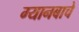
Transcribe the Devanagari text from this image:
ग्यानबाचे